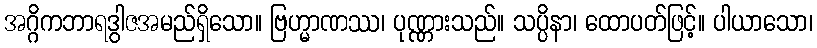
အဂ္ဂိကဘာရဒွါဇအမည်ရှိသော။ ဗြဟ္မာဏဿ၊ ပုဏ္ဏားသည်။ သပ္ပိနာ၊ ထောပတ်ဖြင့်။ ပါယာသော၊